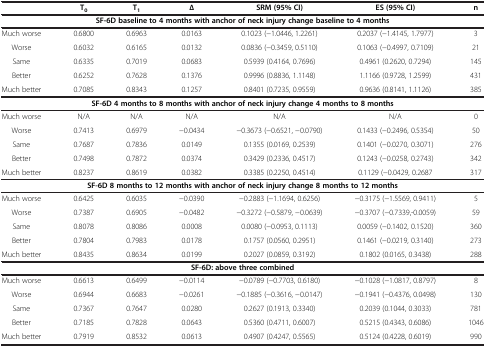
<table><thead><tr><td>[EMPTY_CELL]</td><td><b>T<sub>0</sub></b></td><td><b>T<sub>1</sub></b></td><td><b>∆</b></td><td><b>SRM (95% CI)</b></td><td><b>ES (95% CI)</b></td><td><b>n</b></td></tr></thead><tbody><tr><td colspan="7"><b>SF-6D baseline to 4 months with anchor of neck injury change baseline to 4 months</b></td></tr><tr><td>Much worse</td><td>0.6800</td><td>0.6963</td><td>0.0163</td><td>0.1023 (−1.0446, 1.2261)</td><td>0.2037 (−1.4145, 1.7977)</td><td>3</td></tr><tr><td>Worse</td><td>0.6032</td><td>0.6165</td><td>0.0132</td><td>0.0836 (−0.3459, 0.5110)</td><td>0.1063 (−0.4997, 0.7109)</td><td>21</td></tr><tr><td>Same</td><td>0.6335</td><td>0.7019</td><td>0.0683</td><td>0.5939 (0.4164, 0.7696)</td><td>0.4961 (0.2620, 0.7294)</td><td>145</td></tr><tr><td>Better</td><td>0.6252</td><td>0.7628</td><td>0.1376</td><td>0.9996 (0.8836, 1.1148)</td><td>1.1166 (0.9728, 1.2599)</td><td>431</td></tr><tr><td>Much better</td><td>0.7085</td><td>0.8343</td><td>0.1257</td><td>0.8401 (0.7235, 0.9559)</td><td>0.9636 (0.8141, 1.1126)</td><td>385</td></tr><tr><td colspan="7"><b>SF-6D 4 months to 8 months with anchor of neck injury change 4 months to 8 months</b></td></tr><tr><td>Much worse</td><td>N/A</td><td>N/A</td><td>N/A</td><td>N/A</td><td>N/A</td><td>0</td></tr><tr><td>Worse</td><td>0.7413</td><td>0.6979</td><td>−0.0434</td><td>−0.3673 (−0.6521, −0.0790)</td><td>0.1433 (−0.2496, 0.5354)</td><td>50</td></tr><tr><td>Same</td><td>0.7687</td><td>0.7836</td><td>0.0149</td><td>0.1355 (0.0169, 0.2539)</td><td>0.1401 (−0.0270, 0.3071)</td><td>276</td></tr><tr><td>Better</td><td>0.7498</td><td>0.7872</td><td>0.0374</td><td>0.3429 (0.2336, 0.4517)</td><td>0.1243 (−0.0258, 0.2743)</td><td>342</td></tr><tr><td>Much better</td><td>0.8237</td><td>0.8619</td><td>0.0382</td><td>0.3385 (0.2250, 0.4514)</td><td>0.1129 (−0.0429, 0.2687</td><td>317</td></tr><tr><td colspan="7"><b>SF-6D 8 months to 12 months with anchor of neck injury change 8 months to 12 months</b></td></tr><tr><td>Much worse</td><td>0.6425</td><td>0.6035</td><td>−0.0390</td><td>−0.2883 (−1.1694, 0.6256)</td><td>−0.3175 (−1.5569, 0.9411)</td><td>5</td></tr><tr><td>Worse</td><td>0.7387</td><td>0.6905</td><td>−0.0482</td><td>−0.3272 (−0.5879, −0.0639)</td><td>−0.3707 (−0.7339,-0.0059)</td><td>59</td></tr><tr><td>Same</td><td>0.8078</td><td>0.8086</td><td>0.0008</td><td>0.0080 (−0.0953, 0.1113)</td><td>0.0059 (−0.1402, 0.1520)</td><td>360</td></tr><tr><td>Better</td><td>0.7804</td><td>0.7983</td><td>0.0178</td><td>0.1757 (0.0560, 0.2951)</td><td>0.1461 (−0.0219, 0.3140)</td><td>273</td></tr><tr><td>Much better</td><td>0.8435</td><td>0.8634</td><td>0.0199</td><td>0.2027 (0.0859, 0.3192)</td><td>0.1802 (0.0165, 0.3438)</td><td>288</td></tr><tr><td colspan="7"><b>SF-6D: above three combined</b></td></tr><tr><td>Much worse</td><td>0.6613</td><td>0.6499</td><td>−0.0114</td><td>−0.0789 (−0.7703, 0.6180)</td><td>−0.1028 (−1.0817, 0.8797)</td><td>8</td></tr><tr><td>Worse</td><td>0.6944</td><td>0.6683</td><td>−0.0261</td><td>−0.1885 (−0.3616, −0.0147)</td><td>−0.1941 (−0.4376, 0.0498)</td><td>130</td></tr><tr><td>Same</td><td>0.7367</td><td>0.7647</td><td>0.0280</td><td>0.2627 (0.1913, 0.3340)</td><td>0.2039 (0.1044, 0.3033)</td><td>781</td></tr><tr><td>Better</td><td>0.7185</td><td>0.7828</td><td>0.0643</td><td>0.5360 (0.4711, 0.6007)</td><td>0.5215 (0.4343, 0.6086)</td><td>1046</td></tr><tr><td>Much better</td><td>0.7919</td><td>0.8532</td><td>0.0613</td><td>0.4907 (0.4247, 0.5565)</td><td>0.5124 (0.4228, 0.6019)</td><td>990</td></tr></tbody></table>